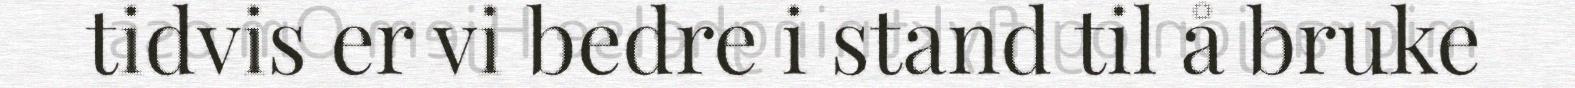
tidvis er vi bedre i stand til å bruke